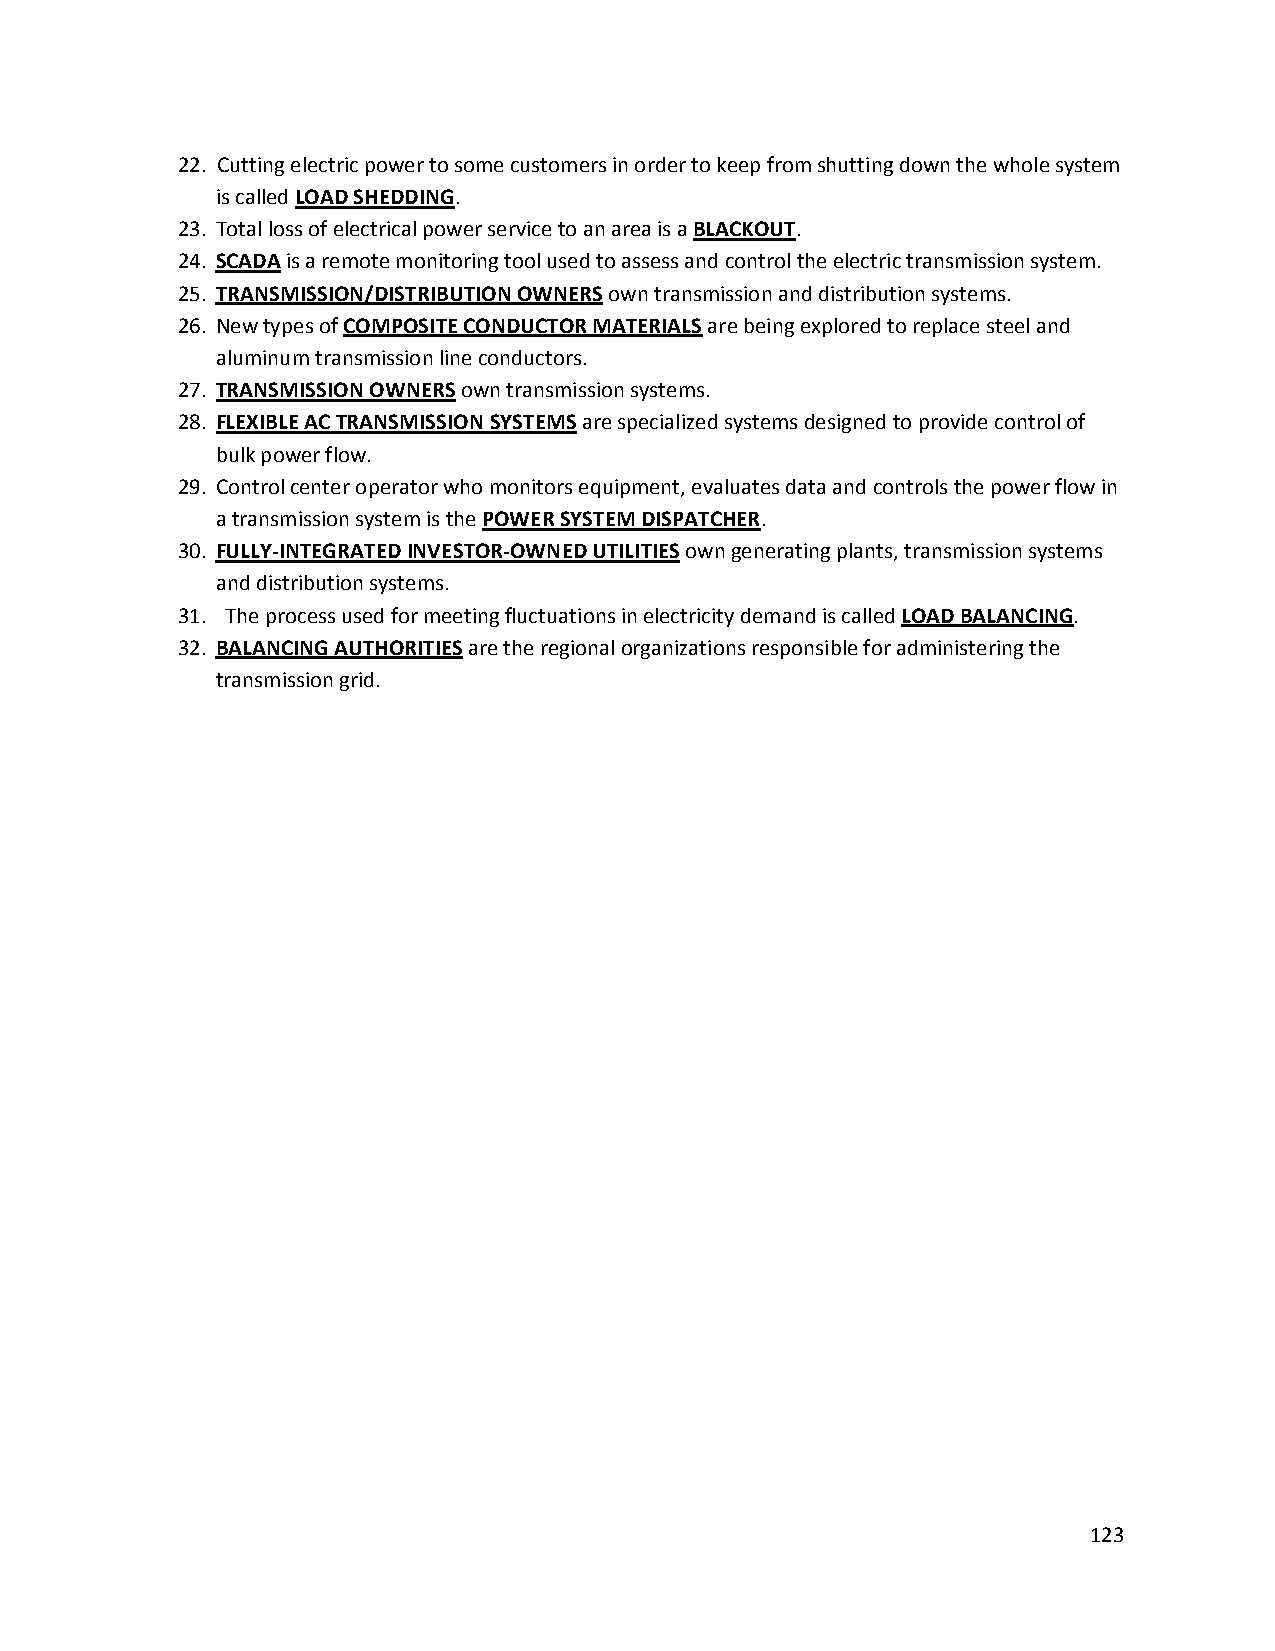
22. Cutting electric power to some customers in order to keep from shutting down the whole system
 is called LOAD SHEDDING.
 23. Total loss of electrical power service to an area is a BLACKOUT.
 24. SCADA is a remote monitoring tool used to assess and control the electric transmission system.
 25. TRANSMISSION/DISTRIBUTION OWNERS own transmission and distribution systems.
 26. New types of COMPOSITE CONDUCTOR MATERIALS are being explored to replace steel and
 aluminum transmission line conductors.
 27. TRANSMISSION OWNERS own transmission systems.
 28. FLEXIBLE AC TRANSMISSION SYSTEMS are specialized systems designed to provide control of
 bulk power flow.
 29. Control center operator who monitors equipment, evaluates data and controls the power flow in
 a transmission system is the POWER SYSTEM DISPATCHER.
 30. FULLY‐INTEGRATED INVESTOR‐OWNED UTILITIES own generating plants, transmission systems
 and distribution systems.
 31. The process used for meeting fluctuations in electricity demand is called LOAD BALANCING.
 32. BALANCING AUTHORITIES are the regional organizations responsible for administering the
 transmission grid.
 123